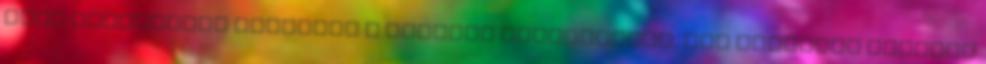
több időpontban indulnak a Kályhás tanfolyamok, így biztosan találsz